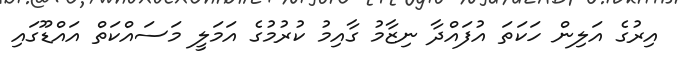
އިރުގެ އަލިން ހަކަތަ އުފައްދާ ނިޒާމު ގާއިމު ކުރުމުގެ އަމަލީ މަސައްކަތް އައްޑޫގައި